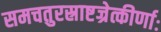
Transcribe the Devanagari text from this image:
समचतुरस्राष्टज्रेत्कीर्णाः